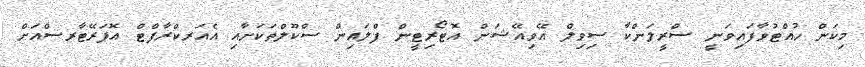
މިކަން ހުއްޓުވާފައިވަނީ ސްރީލަންކާ ސިވިލް އޭވިއޭޝަން އޮޓޯރިޓީން ފްލައިން ސްކޫލްތަކަށާއި އެއަރކްރާފްޓް އޮޕަރޭޓާރސްއަށް